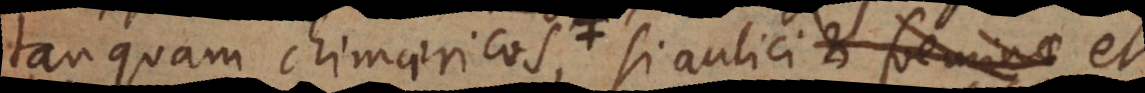
tanquam chimaericos si aulici et foeminae et